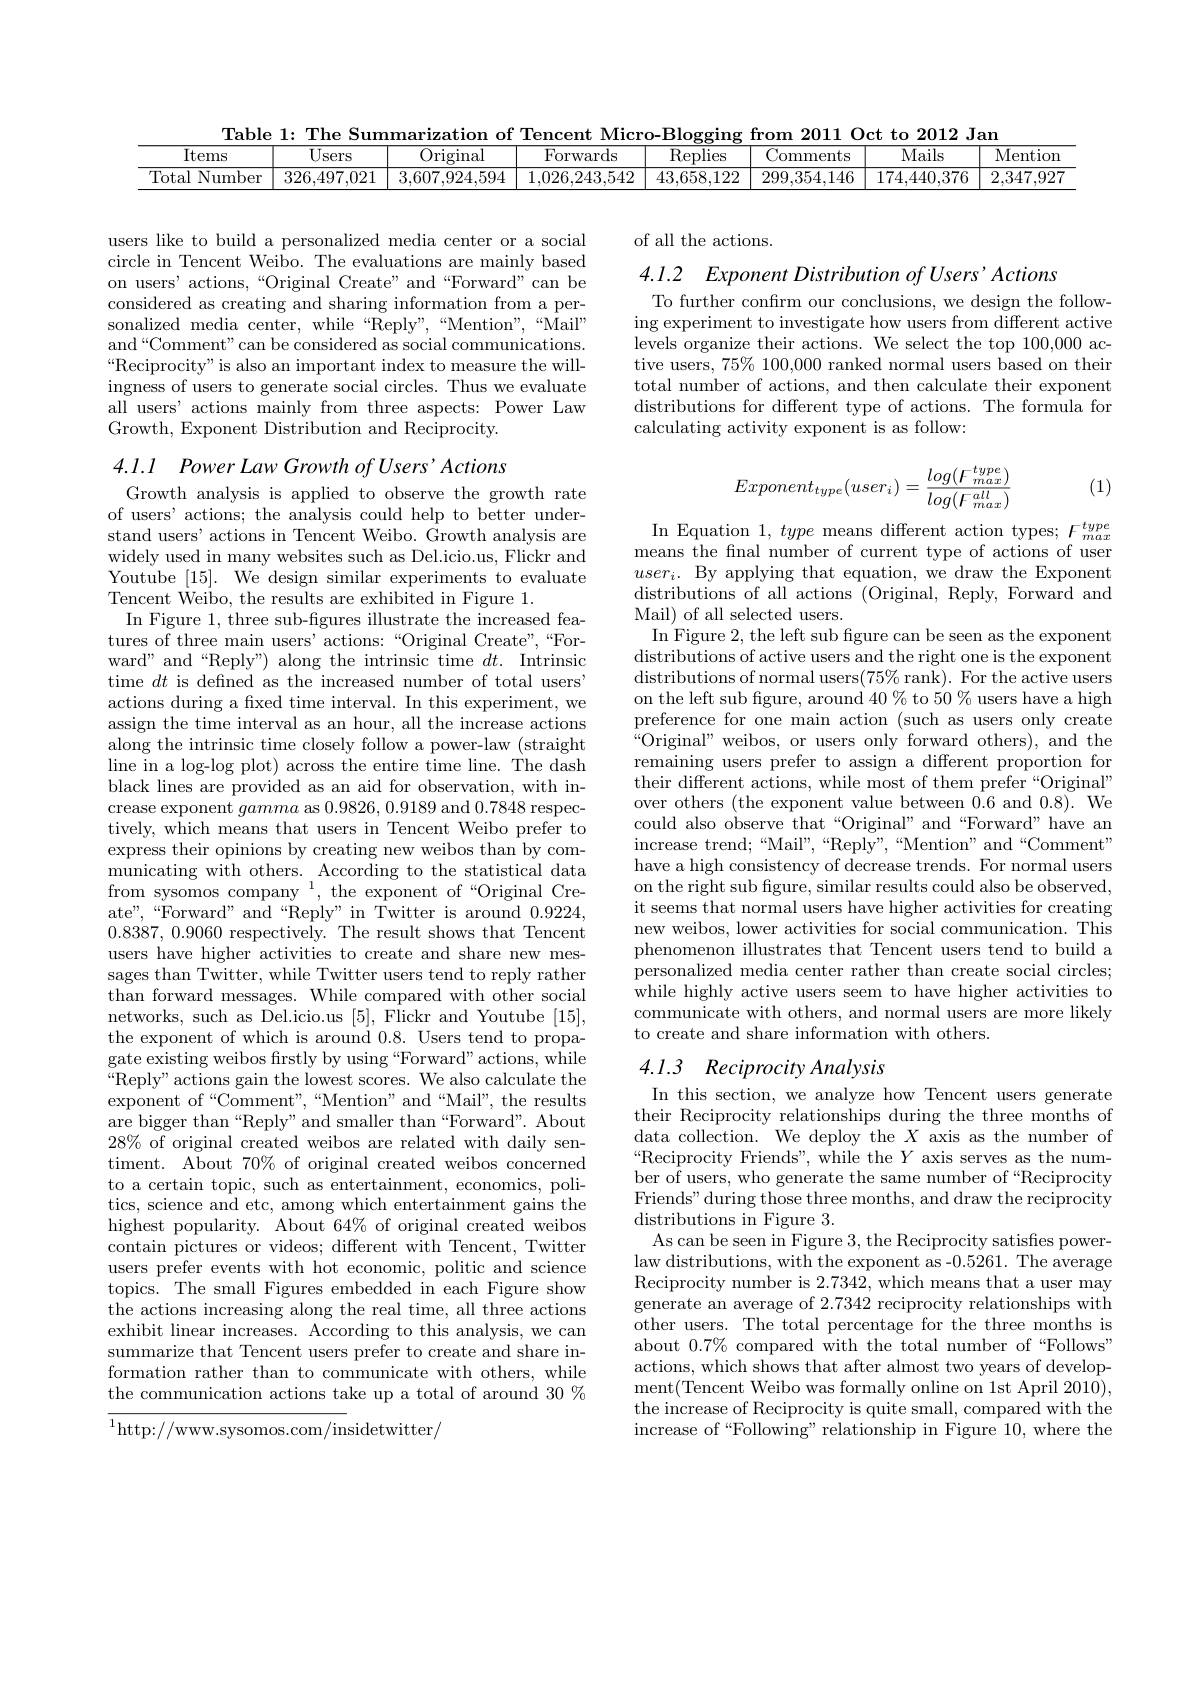
<table>
	<tbody>
		<tr>
			<th>Items</th>
			<th>$\overline{\mathrm{Users}}$</th>
			<th>Original</th>
			<th>Forwards</th>
			<th>Replies</th>
			<th>Comments</th>
			<th>Mails</th>
			<th>$\overline{\mathrm{Mention}}$</th>
		</tr>
		<tr>
			<td>Total Number</td>
			<td>326.497.021</td>
			<td>3.607.924.594</td>
			<td>1.026.243.542</td>
			<td>43.658,122</td>
			<td>299,354,146</td>
			<td>174.440,376</td>
			<td>2,347.927</td>
		</tr>
	</tbody>
</table>

of all the actions.

4.1.2 Exponent Distribution of Users' Actions

users like to build a personalized media center or a social circle in Tencent Weibo. The evaluations are mainly based on users' actions,“Original Create" and“Forward”can be considered as creating and sharing information from a personalized media center, while “Reply”,“Mention”,“Mail” and“Comment”can be considered as social communications. “Reciprocity" is also an important index to measure the willingness of users to generate social circles. Thus we evaluate all users' actions mainly from three aspects: Power Law Growth, Exponent Distribution and Reciprocity.

To further confirm our conclusions, we design the following experiment to investigate how users from different active levels organize their actions. We select the top 100,000 active users, $75\%100,000$ ranked normal users based on their total number of actions, and then calculate their exponent distributions for different type of actions. The formula for calculating activity exponent is as follow:
$$Exponent_{type}(user_{i})=\frac{log(F_{max}^{type})}{log(F_{max}^{all})}$$
(1)

In Equation $1, \textit{type means different action types; }F_{max}^{type}$ means the final number of current type of actions of user $user_{i}.$ By applying that equation, we draw the Exponent distributions of all actions (Original, Reply, Forward and Mail) of all selected users.
In Figure 2, the left sub figure can be seen as the exponent distributions of active users and the right one is the exponent distributions of normal users$(75\%$rank). For the active users on the left sub figure, around 40 % to 50 % users have a high preference for one main action (such as users only create ${}^{\tilde{\omega}}$Original" weibos, or users only forward others), and the remaining users prefer to assign a different proportion for their different actions, while most of them prefer“Original” over others (the exponent value between $\hat{0.6}$ and 0.8).We could also observe that“Original”and“Forward”have an increase trend;“Mail”,“Reply”,“Mention”and“Comment" have a high consistency of decrease trends. For normal users on the right sub figure, similar results could also be observed, it seems that normal users have higher activities for creating new weibos, lower activities for social communication. This phenomenon illustrates that Tencent users tend to build a personalized media center rather than create social circles; while highly active users seem to have higher activities to communicate with others, and normal users are more likely to create and share information with others.

4.1.1 Power Law Growth $of$ $Users^{\prime }Actions$
Growth analysis is applied to observe the growth rate of users' actions; the analysis could help to better understand users' actions in Tencent Weibo. Growth analysis are widely used in many websites such as Del.icio.us, Flickr and Youtube [15]. We design similar experiments to evaluate Tencent Weibo, the results are exhibited in Figure 1.
In Figure 1, three sub-figures illustrate the increased features of three main users' actions:“Original Create",“Forward" and“Reply”) along the intrinsic time $dt.$ Intrinsic time $dt$ is defined as the increased number of total users" actions during a fxed time interval. In this experiment, we assign the time interval as an hour, all the increase actions along the intrinsic time closely follow a power-law (straight line in a log-log plot) across the entire time line. The dash black lines are provided as an aid for observation, with increase exponent gamma as 0.9826,0.9189 and 0.7848 respectively, which means that users in Tencent Weibo prefer to express their opinions by creating new weibos than by communicating with others. According to the statistical data from sysomos company $^1$, the exponent of“Original Create",“Forward”and“Reply”inTwitter is around 0.9224, 0.8387,0.9060 respectively. The result shows that Tencent users have higher activities to create and share new messages than Twitter, while Twitter users tend to reply rather than forward messages. While compared with other social networks, such as Del.icio.us [5], Flickr and Youtube [15], the exponent of which is around 0.8. Users tend to propagate existing weibos firstly by using “Forward”actions, while $\bar{“}$Reply" actions gain the lowest scores. We also calculate the exponent of“Comment”,“Mention" and“Mail”, the results are bigger than“Reply”and smaller than“Forward”. About $28\%$ of original created weibos are related with daily sentiment. About $70\%$ of original created weibos concerned to a certain topic, such as entertainment, economics, politics, science and etc, among which entertainment gains the highest popularity. About 64% of original created weibos contain pictures or videos; different with Tencent, Twitter users prefer events with hot economic, politic and science topics. The small Figures embedded in each Figure show the actions increasing along the real time, all three actions exhibit linear increases. According to this analysis, we can summarize that Tencent users prefer to create and share information rather than to communicate with others, while the communication actions take up a total of around 30 % $^{1}$http://www.sysomos.com/insidetwitter/

# 4.1.3 Reciprocity Analysis

In this section, we analyze how Tencent users generate their Reciprocity relationships during the three months of data collection. We deploy the $X$ axis as the number of “Reciprocity Friends", while the $Y$ axis serves as the number of users, who generate the same number of “Reciprocity Friends" during those three months, and draw the reciprocity distributions in Figure 3.
As can be seen in Figure 3, the Reciprocity satisfies powerlaw distributions, with the exponent as -0.5261. The average Reciprocity number is 2.7342, which means that a user may generate an average of 2.7342 reciprocity relationships with other users. The total percentage for the three months is about $0.7\%$ compared with the total number of “Follows” actions, which shows that after almost two years of development(Tencent Weibo was formally online on 1st April 2010), the increase of Reciprocity is quite small, compared with the increase of“Following” relationship in Figure 10,where the